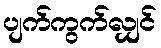
ပျက်ကွက်လျှင်